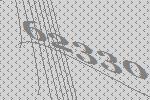
62330